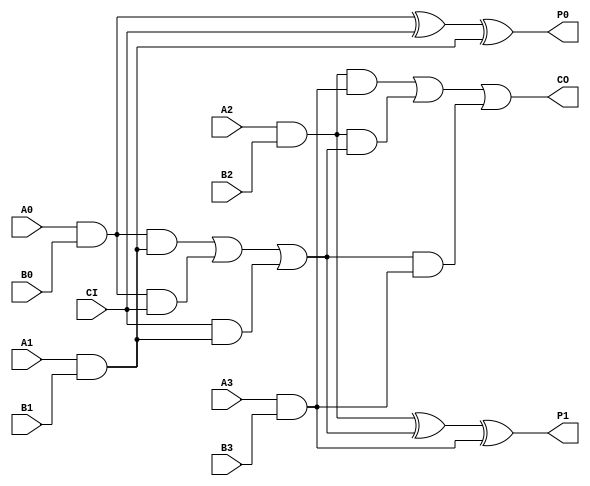
// --------------------------------------------------------------------
// >>>>>>>>>>>>>>>>>>>>>>>>> COPYRIGHT NOTICE <<<<<<<<<<<<<<<<<<<<<<<<<
// --------------------------------------------------------------------
// Copyright (c) 2005 by Lattice Semiconductor Corporation
// --------------------------------------------------------------------
//
//
//                     Lattice Semiconductor Corporation
//                     5555 NE Moore Court
//                     Hillsboro, OR 97214
//                     U.S.A.
//
//                     TEL: 1-800-Lattice  (USA and Canada)
//                          1-408-826-6000 (other locations)
//
//                     web: http://www.latticesemi.com/
//
// --------------------------------------------------------------------
//
// Simulation Library File for EC/XP
//
// $Header: /home/dmsys/pvcs/RCSMigTest/rcs/verilog/pkg/versclibs/data/orca5mg/RCS/MULT2.v,v 1.3 2005/05/19 20:08:47 pradeep Exp $ 
//
`celldefine
`timescale 1 ns / 1 ps

module MULT2 (P0, P1,CO, A0, A1, A2, A3, B0, B1, B2, B3, CI);
input  A0, A1, A2, A3, B0, B1, B2, B3, CI ;
output P0, P1, CO; 
 
supply0 GND; 
supply1 VCC; 

and  INS1_1  (out2, A2, B2);
and  INS2_1  (out3, A3, B3);

xor  INS3_1 (P1, out2, C_int, out3); 
and  INS4_1 (out_4, out2, out3); 
and  INS5_1 (out_5, out2, C_int); 
and  INS6_1 (out_6, C_int, out3); 
or   INS7_1 (CO, out_4, out_5, out_6); 

 
and  INS1  (out0, A0, B0);
and  INS2  (out1, A1, B1);

xor  INS3 (P0, out0, CI, out1); 
and  INS4 (out_1, out0, out1); 
and  INS5 (out_2, out0, CI); 
and  INS6 (out_3, CI, out1); 
or   INS7 (C_int, out_1, out_2, out_3); 
 
endmodule 

`endcelldefine